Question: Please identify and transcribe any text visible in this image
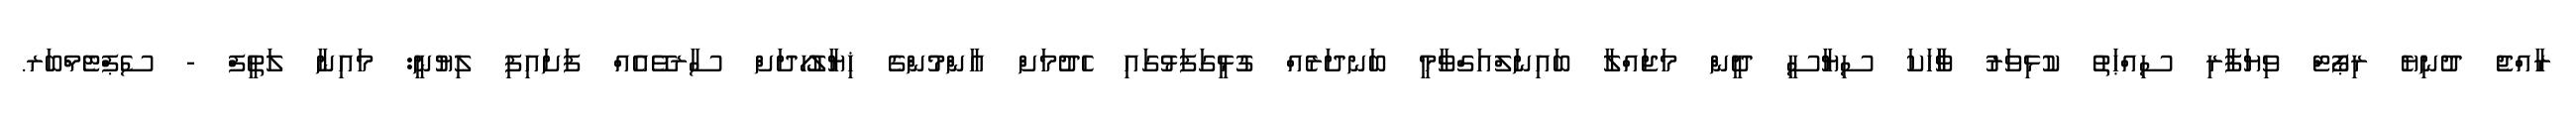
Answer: ރާއްޖެ ދުނިޔެ ރިޕޯޓް ވިޔަފާރި ސިއްޙަތު ކުޅިވަރު ވާާހަކަ ސިޔާސީ ދީން މަޖައްލާ ބައިނަލްއަގްވާމީ ބަނދަރެއް ގުޅީގަފަޅުގައި ހެދުމަށް އާންމުންގެ ޚިޔާލުހޯދަށް ސާރވޭއެއް ފަށައިފި ލިޔުނީ: މައިނާ ލަތީފް - ސެޕްޓެމްބަރ.